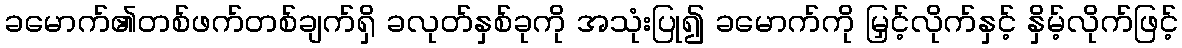
ခမောက်၏တစ်ဖက်တစ်ချက်ရှိ ခလုတ်နှစ်ခုကို အသုံးပြု၍ ခမောက်ကို မြှင့်လိုက်နှင့် နှိမ့်လိုက်ဖြင့်